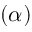
( \alpha )